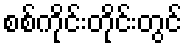
စစ်ကိုင်းတိုင်းတွင်